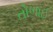
તોળાઈ